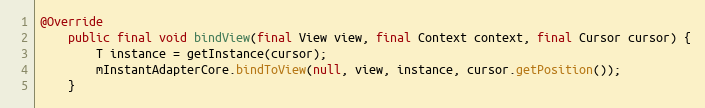
Language: Java
@Override
    public final void bindView(final View view, final Context context, final Cursor cursor) {
        T instance = getInstance(cursor);
        mInstantAdapterCore.bindToView(null, view, instance, cursor.getPosition());
    }